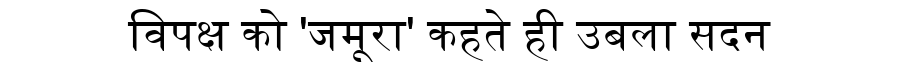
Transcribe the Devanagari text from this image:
विपक्ष को 'जमूरा' कहते ही उबला सदन